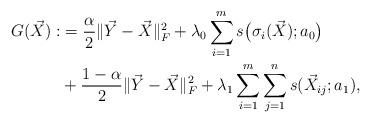
LaTeX: \begin{align*}G(\vec{X}) :&= \dfrac{\alpha}{2}\|\vec{Y} - \vec{X}\|_F^2 + \lambda_0 \sum_{i=1}^{m}s\bigl(\sigma_i(\vec{X});a_0\bigr) \\ &+ \dfrac{1-\alpha}{2}\|\vec{Y} - \vec{X}\|_F^2 + \lambda_1 \sum_{i=1}^{m}\sum_{j=1}^{n} s(\vec{X}_{ij};a_1),\end{align*}